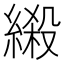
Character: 𦃏